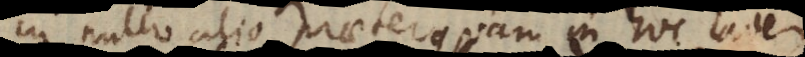
in nullo alio praeterquam in hoc rationem